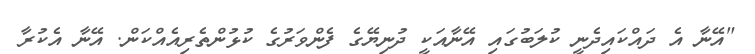
"އޭނާ އެ ދައްކައިދެނީ ކުލަބުގައި އޭނާއަކީ ދުނިޔޭގެ ފެންވަރުގެ ކުޅުންތެރިއެއްކަން. އޭނާ އެކުރާ